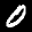
Label: 0